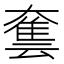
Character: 𡙿